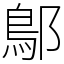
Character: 鄥